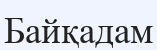
Байқадам